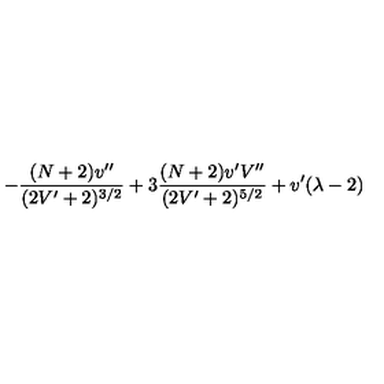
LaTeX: - \frac { ( N + 2 ) v ^ { \prime \prime } } { ( 2 V ^ { \prime } + 2 ) ^ { 3 / 2 } } + 3 \frac { ( N + 2 ) v ^ { \prime } V ^ { \prime \prime } } { ( 2 V ^ { \prime } + 2 ) ^ { 5 / 2 } } + v ^ { \prime } ( \lambda - 2 )